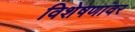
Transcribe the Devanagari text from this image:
विशेषणांवर